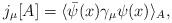
LaTeX: \begin{align*}j_{\mu}[A] =\langle \bar\psi(x)\gamma_{\mu}\psi(x)\rangle_A,\end{align*}